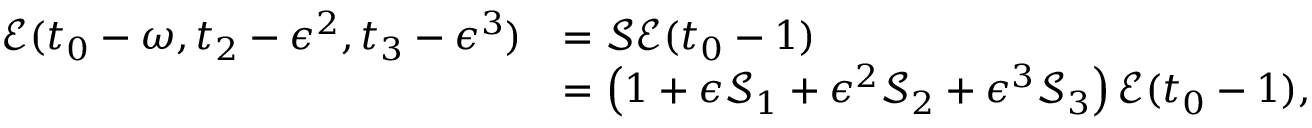
\begin{array} { r l } { \mathcal { E } ( t _ { 0 } - \omega , t _ { 2 } - \epsilon ^ { 2 } , t _ { 3 } - \epsilon ^ { 3 } ) } & { = \mathcal { S } \mathcal { E } ( t _ { 0 } - 1 ) } \\ & { = \left( 1 + \epsilon \mathcal { S } _ { 1 } + \epsilon ^ { 2 } \mathcal { S } _ { 2 } + \epsilon ^ { 3 } \mathcal { S } _ { 3 } \right) \mathcal { E } ( t _ { 0 } - 1 ) , } \end{array}